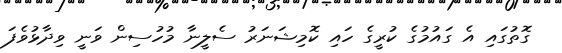
ގޮތުގައި އެ ގައުމުގެ ކުރީގެ ހައި ކޮމިޝަނަރު ސެލީނާ މުހުސިން ވަނީ ވިދާޅުވެފަ